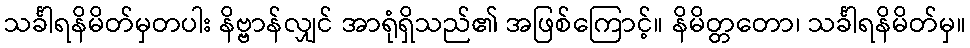
သင်္ခါရနိမိတ်မှတပါး နိဗ္ဗာန်လျှင် အာရုံရှိသည်၏ အဖြစ်ကြောင့်။ နိမိတ္တတော၊ သင်္ခါရနိမိတ်မှ။